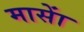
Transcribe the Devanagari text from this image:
मासाें